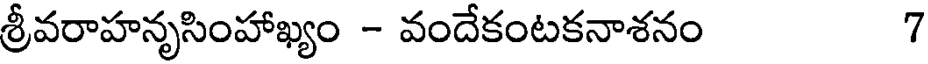
శ్రీవరాహనృసింహాఖ్యం - వందేకంటకనాశనం 7